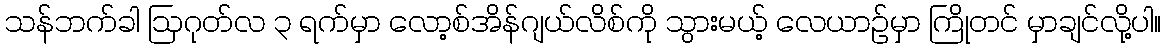
သန်ဘက်ခါ ဩဂုတ်လ ၃ ရက်မှာ လော့စ်အိန်ဂျယ်လိစ်ကို သွားမယ့် လေယာဉ်မှာ ကြိုတင် မှာချင်လို့ပါ။